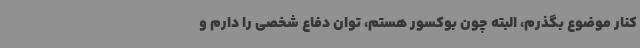
کنار موضوع بگذرم، البته چون بوکسور هستم، توان دفاع شخصی را دارم و